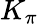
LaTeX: K_{\pi}